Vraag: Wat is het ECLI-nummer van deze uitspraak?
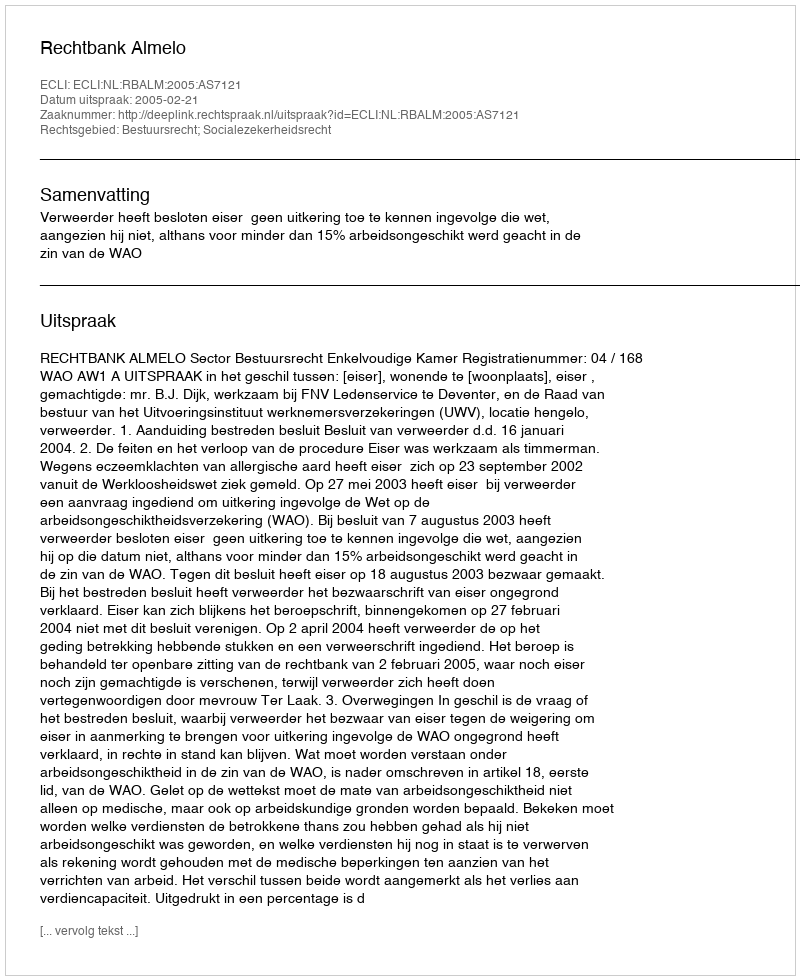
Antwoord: ECLI:NL:RBALM:2005:AS7121